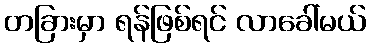
တခြားမှာ ရန်ဖြစ်ရင် လာခေါ်မယ်